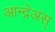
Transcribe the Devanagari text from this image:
आन्द्रेअस्